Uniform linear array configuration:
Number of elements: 32
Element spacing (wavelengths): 1
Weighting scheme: exponential
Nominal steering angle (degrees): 60
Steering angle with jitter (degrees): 61.603
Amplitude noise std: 0.05
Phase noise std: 0.05

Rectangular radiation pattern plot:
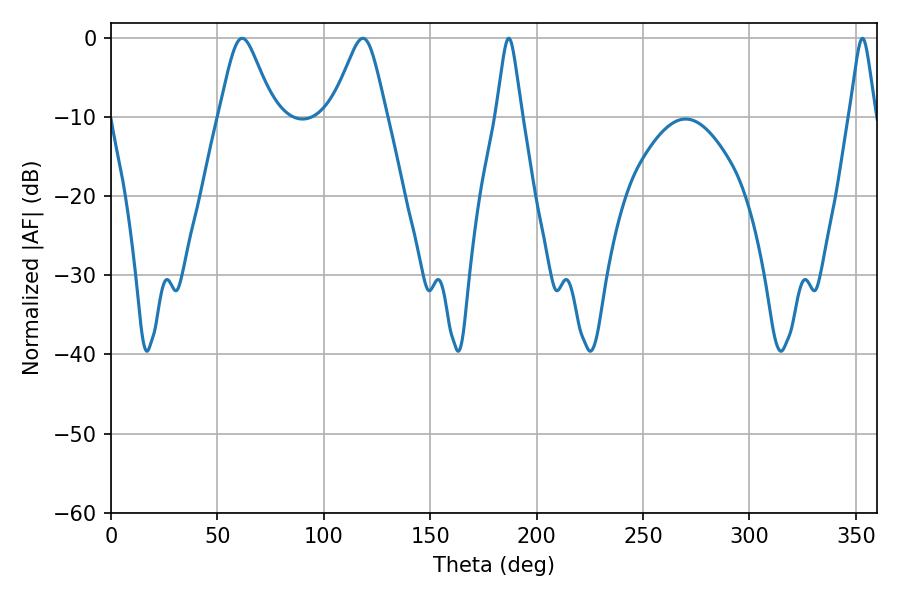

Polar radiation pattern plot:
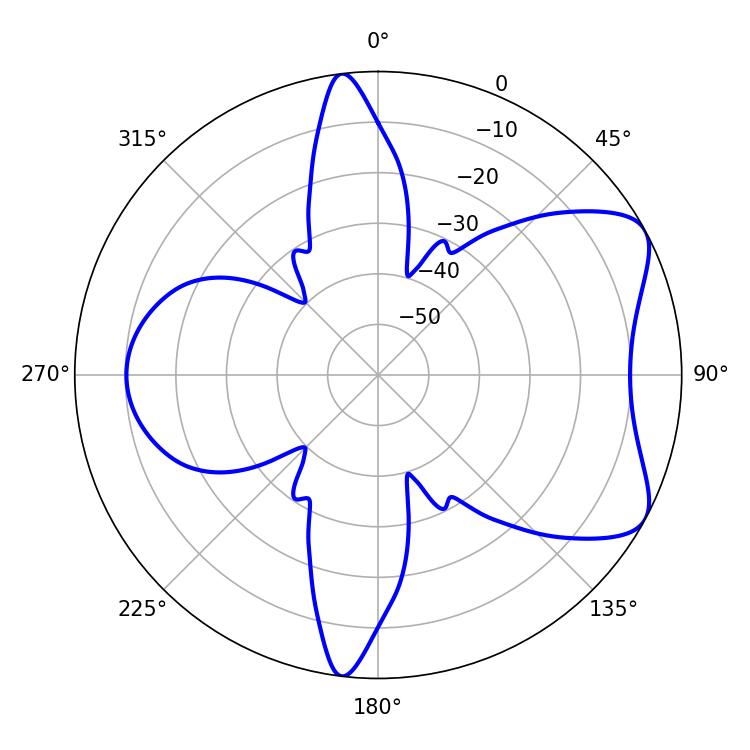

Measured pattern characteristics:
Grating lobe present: TRUE
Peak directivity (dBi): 6.839
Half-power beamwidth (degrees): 12.24
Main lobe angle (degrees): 61.56